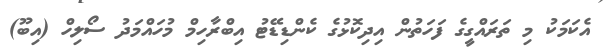
އެކަމަކު މި ތަރައްގީގެ ފަހަތުން އިދިކޮޅުގެ ކެންޑިޑޭޓު އިބްރާހިމް މުހައްމަދު ސޯލިހް (އިބޫ)